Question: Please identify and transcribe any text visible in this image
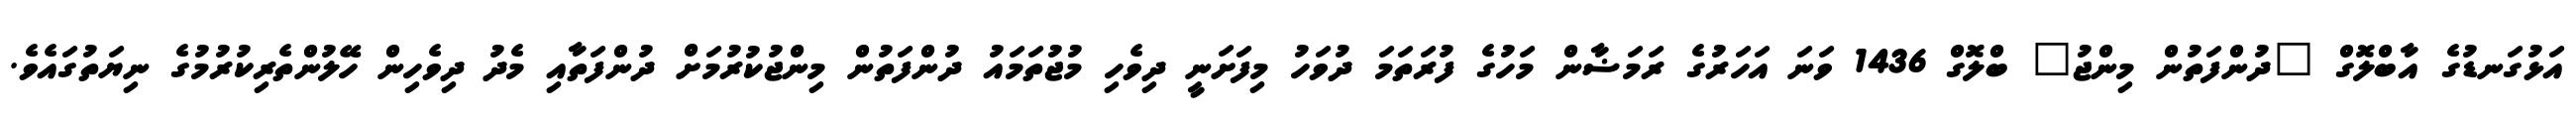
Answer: އަޅުގަނޑުގެ އާބްލޮގް "ދުންފަތުން މިންޖު" ބްލޮގް 1436 ވަނަ އަހަރުގެ ރަމަޟާން މަހުގެ ފުރަތަމަ ދުވަހު މިފަށަނީ ދިވެހި މުޖުތަމައު ދުންފަތުން މިންޖުކުރުމަށް ދުންފަތާއި މެދު ދިވެހިން ހޭލުންތެރިކުރުމުގެ ނިޔަތުގައެވެ.